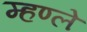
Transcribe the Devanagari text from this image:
म्हण्ले